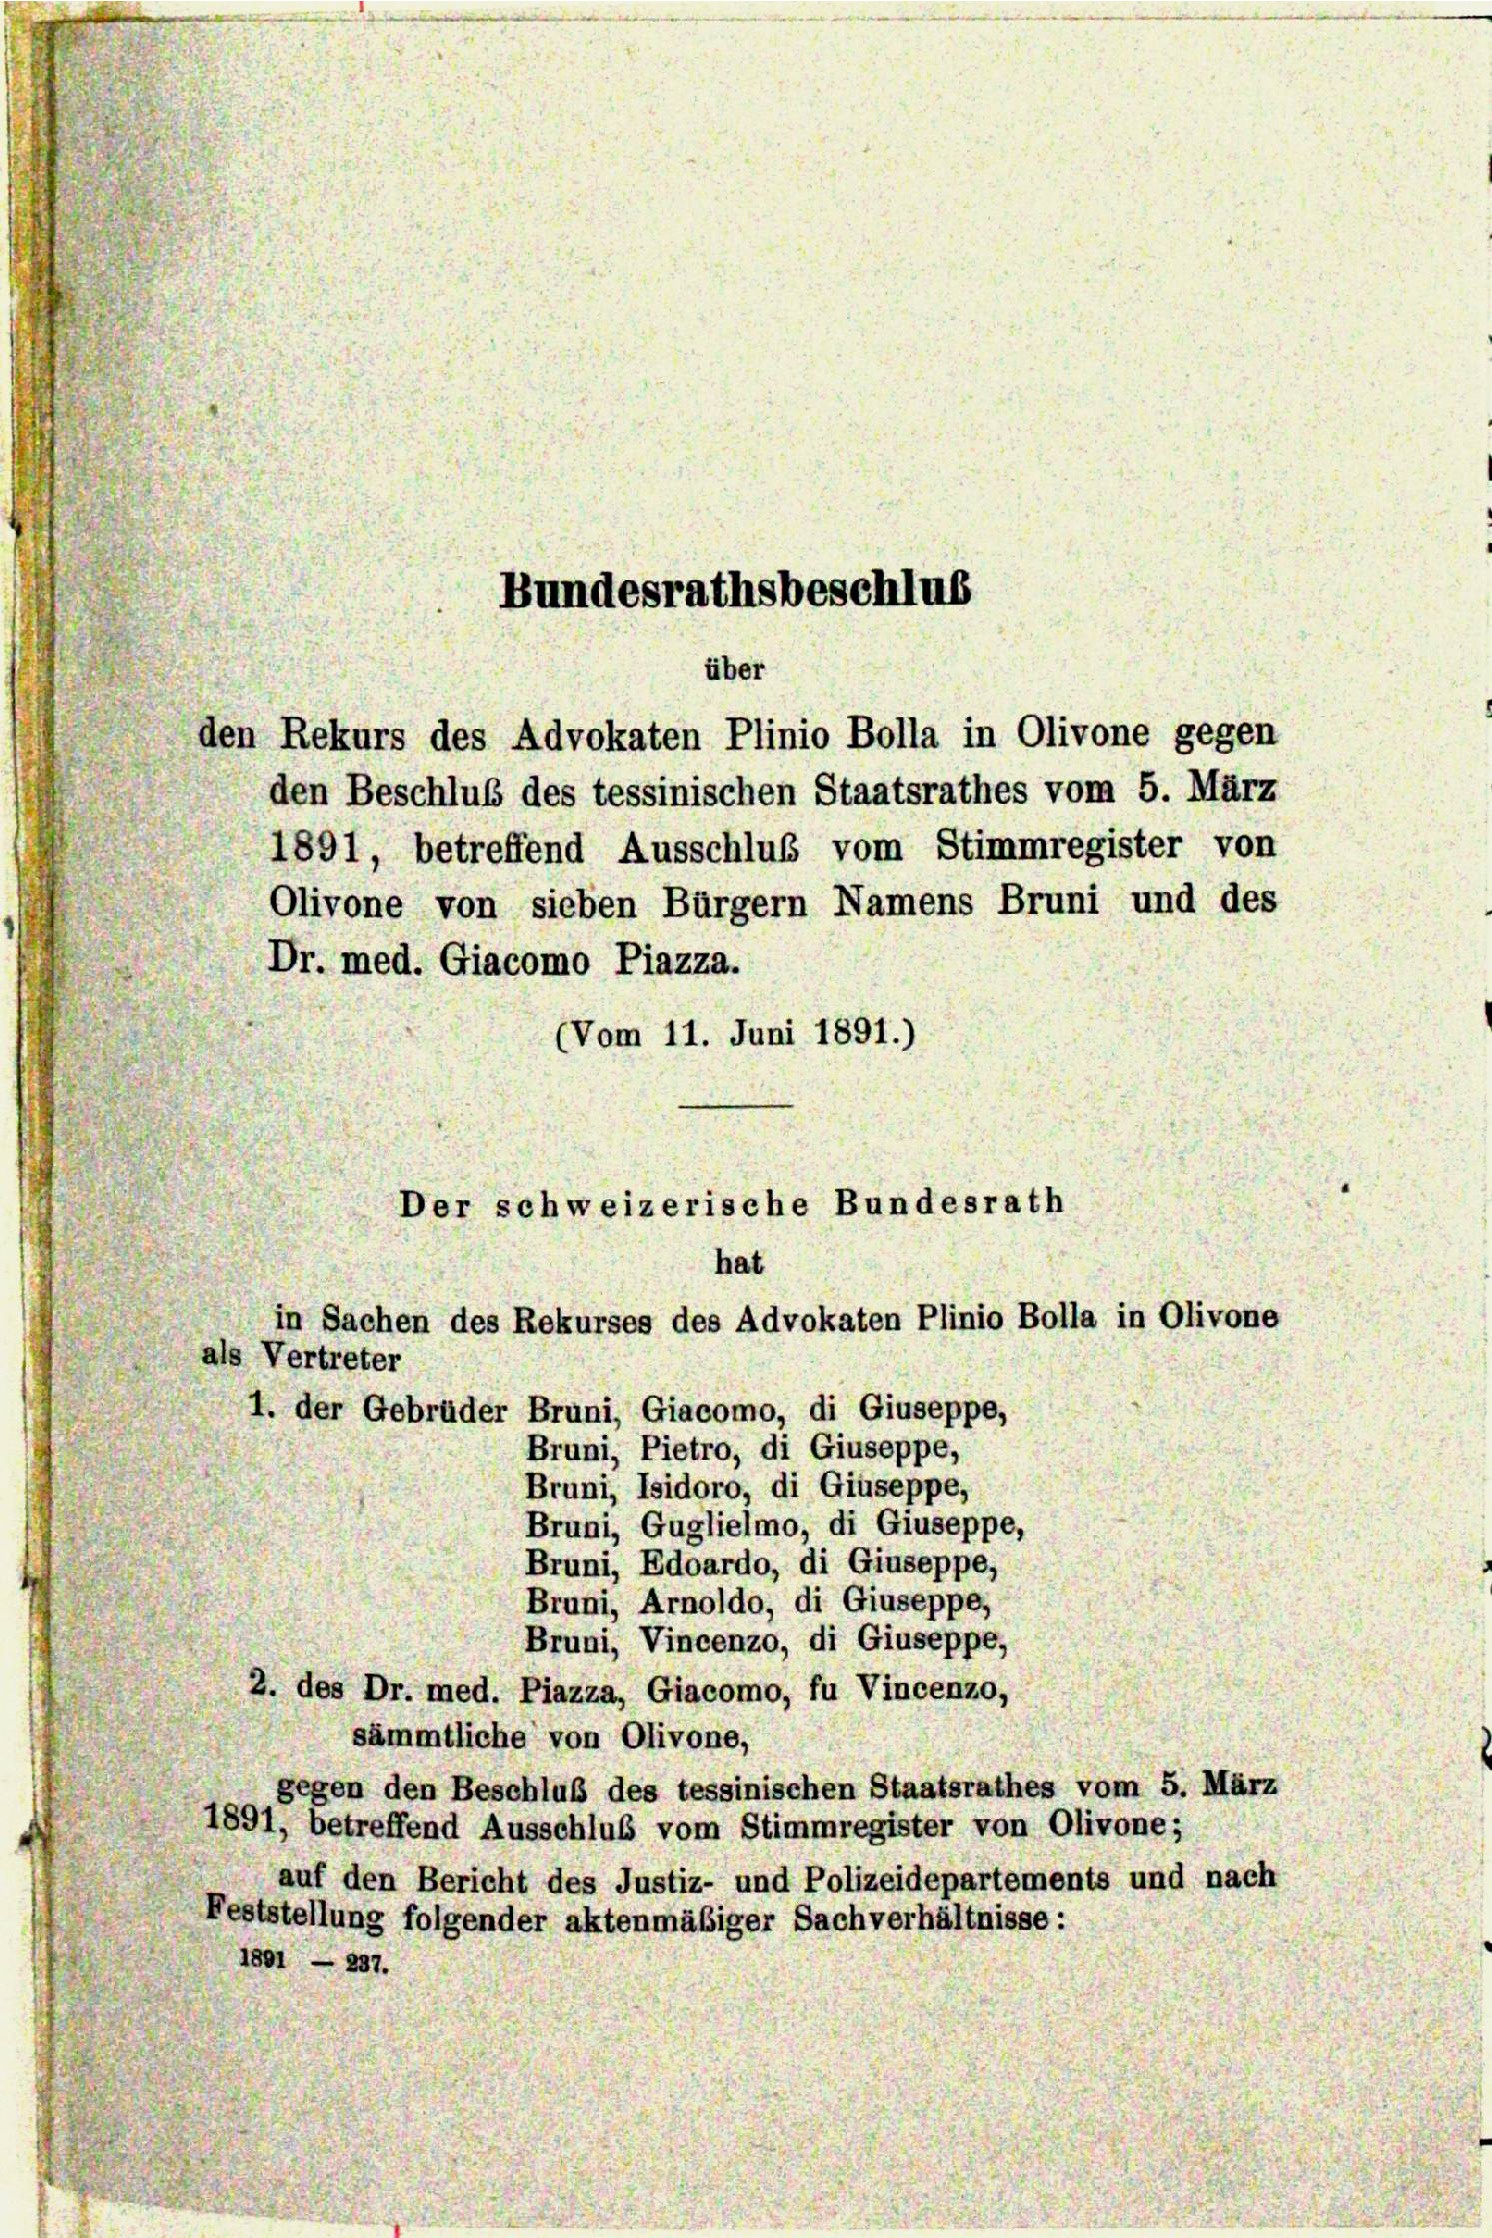
Dr. med. Giacomo Piazza.
(Vom 11. Juni 1891.)
Der schweizerische Bundesrath
hat
in Sachen des Rekurses des Advokaten Plinio Bolla in Olivone
als Vertreter
I. der Gebrüder Bruni, Giacomo, di Giuseppe,
Bruni, Pietro, di Giuseppe,
Bruni, Isidoro, di Giuseppe,
Bruni, Guglielmo, di Giuseppe,
Bruni, Edoardo, di Giuseppe,
Bruni, Arnoldo, di Giuseppe,
Bruni, Vincenzo, di Giuseppe,
2. des Dr. med. Piazza, Giacomo, fu Vincenzo,
sämmtliche von Olivone,
gegen den Beschluß des tessinischen Staatsrathes vom 5. März
1891, betreffend Ausschluß vom Stimmregister von Olivone;
auf den Bericht des Justiz- und Polizeidepartements und nach
Feststellung folgender aktenmäßiger Sachverhältnisse:
1801 - 237.

Bundesrathsbeschlus
über
den Rekurs des Advokaten Plinio Bolla in Olivone gegen

den Beschluß des tessinischen Staatsrathes vom 5. März
1891, betreffend Ausschluß vom Stimmregister von
Olivone von sieben Bürgern Namens Bruni und des